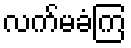
လက်မခံကြ